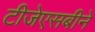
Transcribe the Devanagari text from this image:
टीजेएसबीने